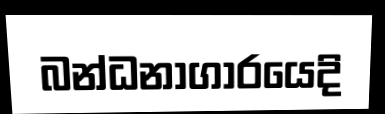
බන්ධනාගාරයෙදි